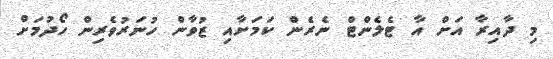
މި ދާއިރާ އަށް އާ ޓެލެންޓް ނެރެން ކަމަށާއި ޒުވާން ހުނަރުވެރިން ހޯދުމަށް